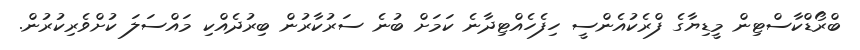
ބްރޯޑްކާސްޓިން މީޑިޔާގެ ފްރެކުއެންސީ ހިފެހެއްޓިދާނެ ކަމަށް ބުނެ ސަރުކާރުން ބިރުދެއްކި މައްސަލަ ކުށްވެރިކުރުން.